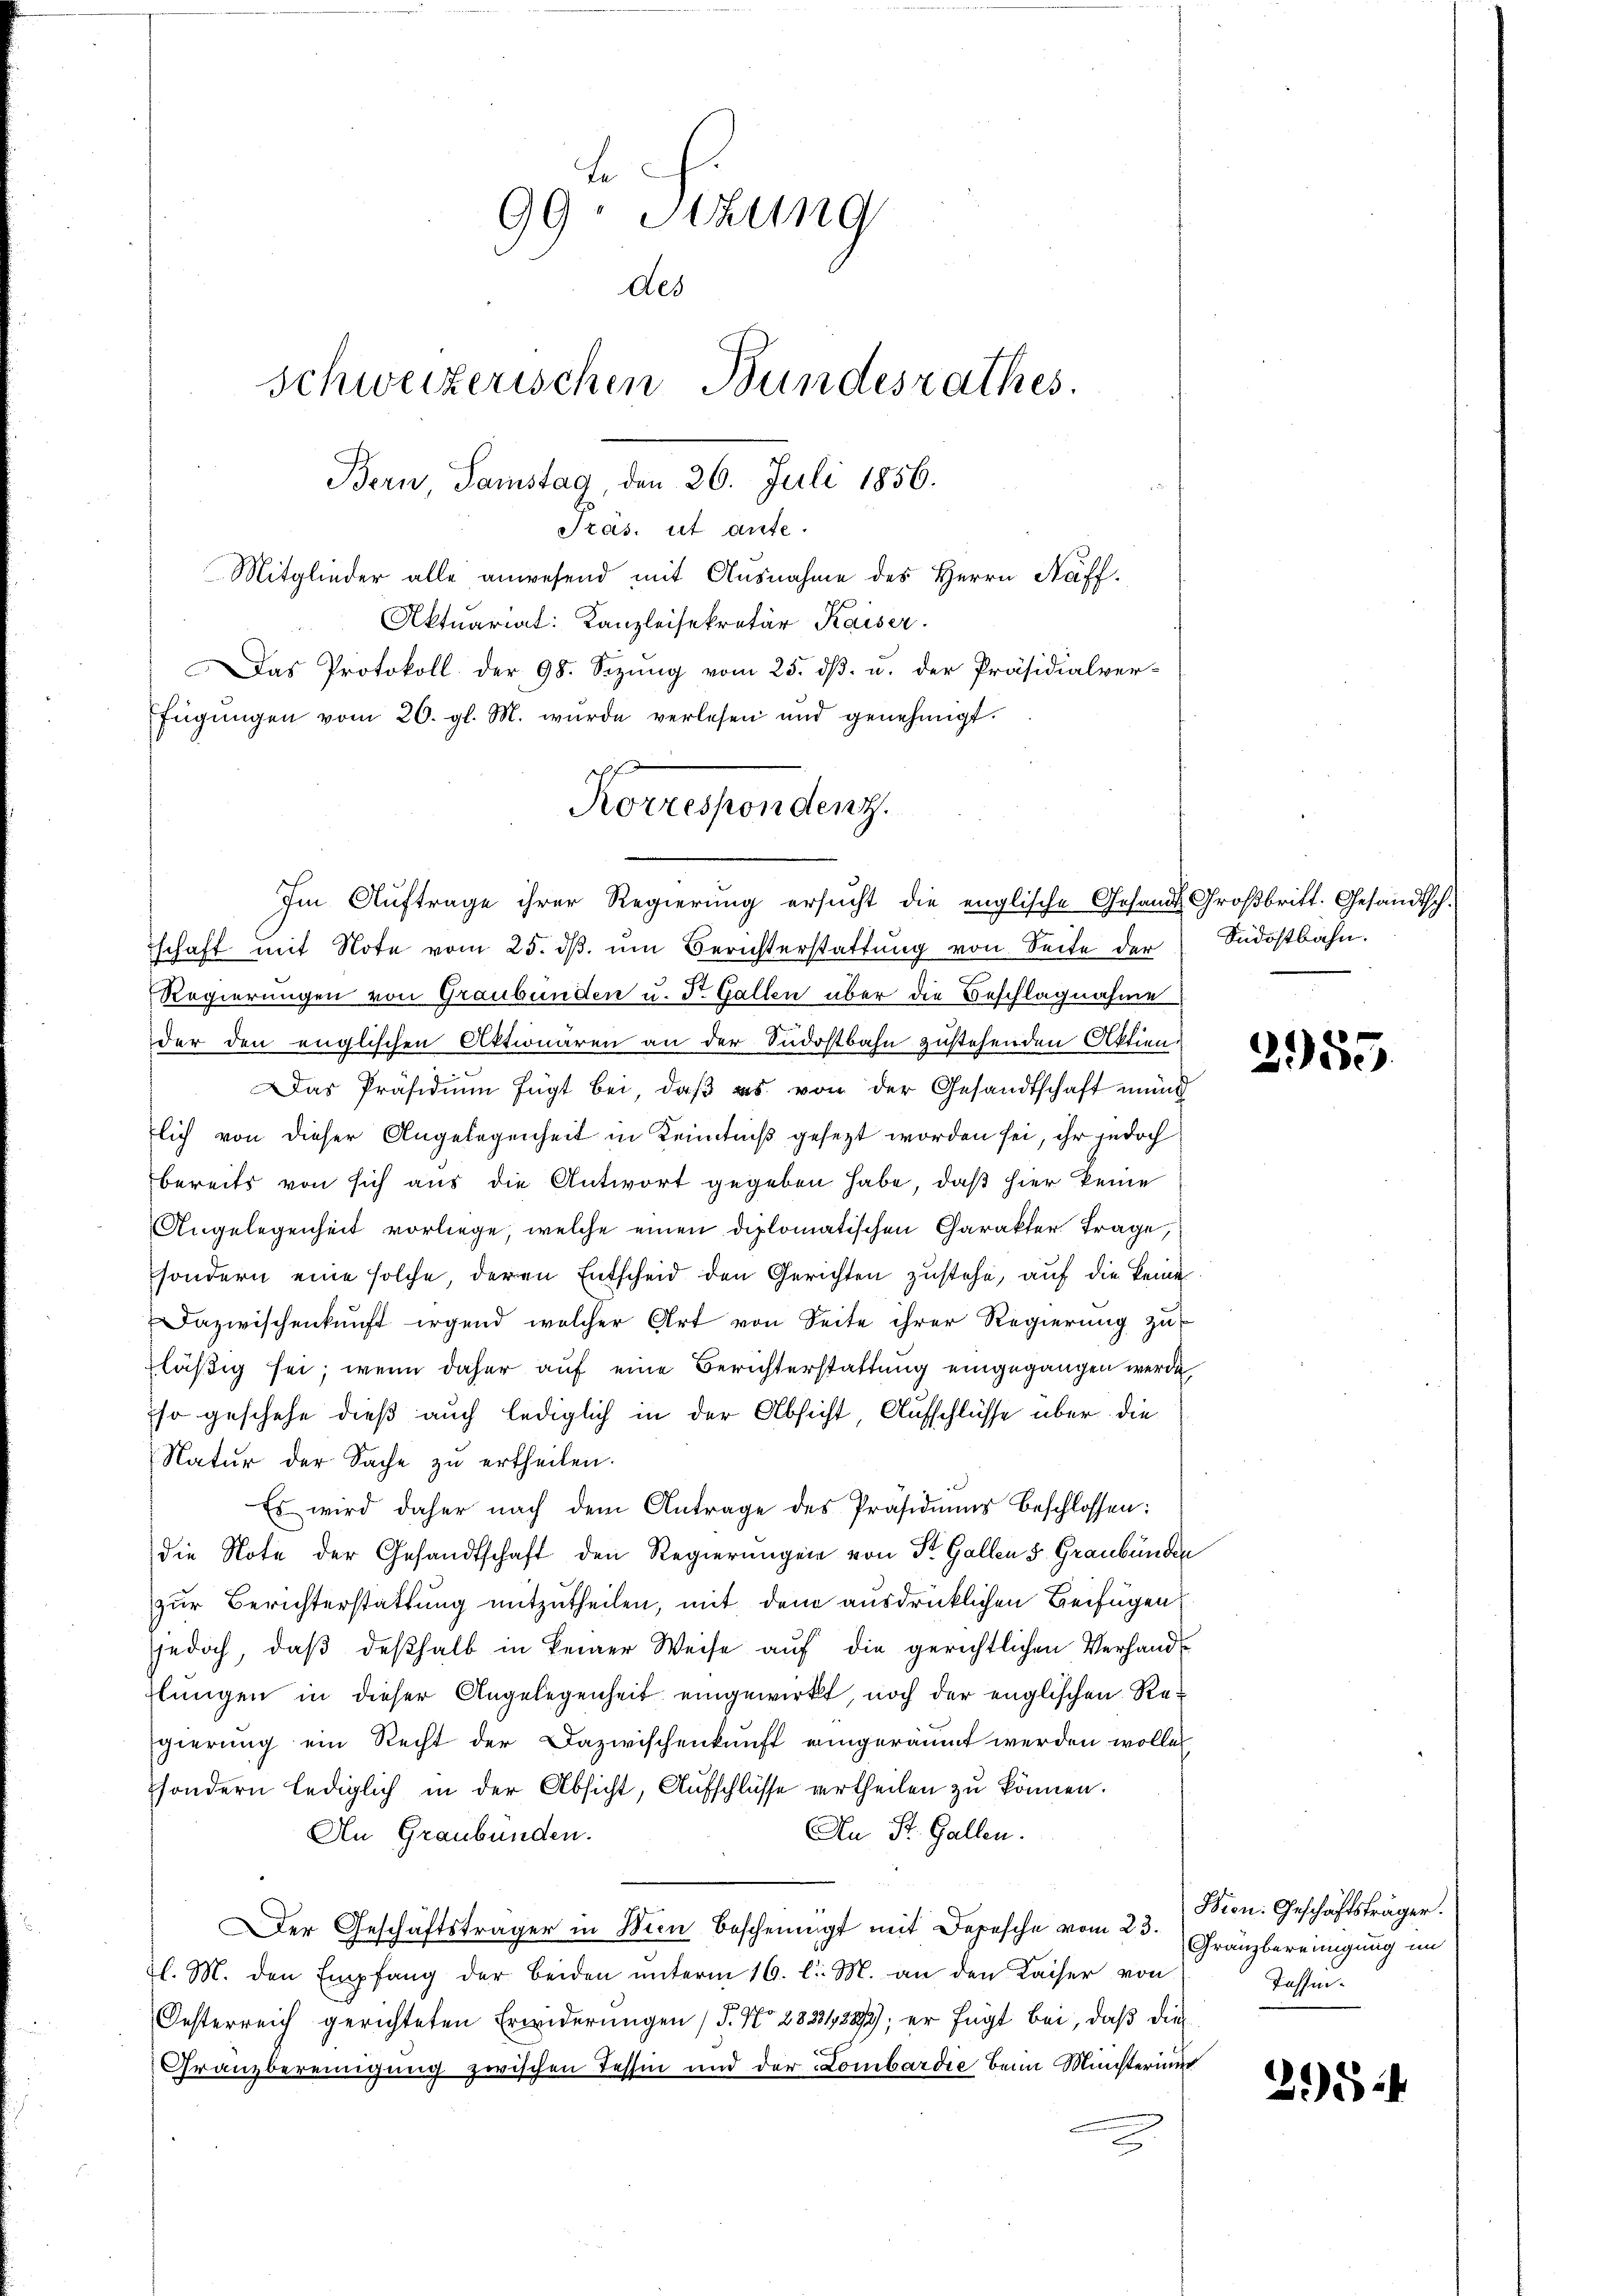
Pras. ut aufe.

Mitglieder alle anwesend mit Ausnahme des Herrn Kaff
Aktuariat: Kanzleisekretär Kaiser.
Das Protokoll der 98. Sizŭng vom 25. dβ. u. der Präsidialver-
fügungen vom 20. gl. M. wurde verlesen und genehmigt.
schaft mit Note vom 25. dβ ŭm Berichterstattŭng von Seite der Südostbahn.
Regierungen von Graubünden u. Dr. Gallen über die Beschlagnahme
der den englischen Aktionären an der Südostbahn zustehenden Aktien,
Das Präsidiŭm fügt bei, daβ es von der Gesandtschaft mund
lich von dieser Angelegenheit in Kenntniß gesezt worden sei, ihr jedoch
bereits von sich aus die Antwort gegeben habe, daß hier keine
Angelegenheit vorliege, welche einen diplomatischen Charakter Frage,
sondern eine solche, deren Entscheid den Gerichten zustehe, auf die keine
Dazwischenkunft irgend welcher Art von Seite ihrer Regierung zu
läßig sei, wenn daher auf eine Berichterstattung eingegangen werde,
so geschehe dieß auch lediglich in der Absicht Aufschlüsse über die
Natur der Sache zu ertheilen.
Es wird daher nach dem Antrage des Präsidiums beschlossen:
die Note der Gesandtschaft den Regierungen von St. Gallen 5. Graubünde
zur Berichterstattung mitzutheilen, mit dem ausdrücklichen Beifügen
jjedoch, daβ deβhalb in keiner Weise aŭf die gerichtlichen Verhandlungen in dieser Angelegenheit eingewirkt, noch der englischen Regierung ein Recht der Dazwischenkunft eingeräumt werden wollen
sondern lediglich in der Absicht, Aufschlüsse vertheilen zu können.
An St. Gallen.
An Graubünden.
Der Geschäftsträger in Wien Bescheinigt mit Depesche vom 23. Franzbereinigung im
l. M. den Empfang der beiden unterm 16. l. M. an den Kaiser von
Oesterreich gerichteten Erwiderungen (T. No 2823/22/3); er fügt bei, daß die
Granzbereinigung zwischen Tessin und der Lombardie beim Ministerium
.

be
99. Sitzung
des
schweizerischen Bundesrathes.
Bern Samstag, den 26. Juli 1856.

Korrespondenz.
Im Auftrage ihrer Regierung ersucht die englische Gesandts Großbritt. Gesandtsch.

2955.

Bicn. Geschäftsträger.
Tassen.

2954